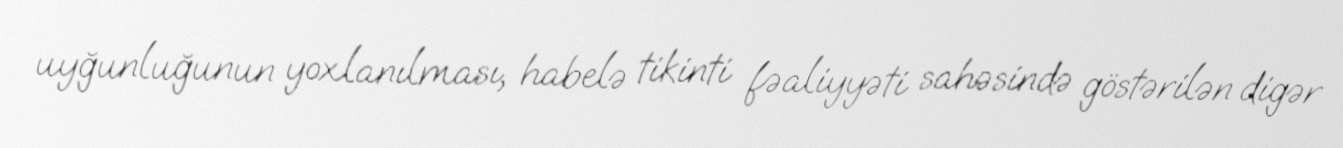
uyğunluğunun yoxlanılması, habelə tikinti fəaliyyəti sahəsində göstərilən digər